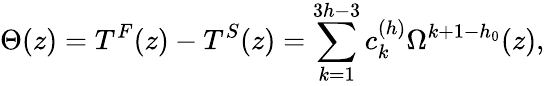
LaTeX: \Theta(z)=T^{F}(z)-T^{S}(z)=\sum_{k=1}^{3h-3}c_{k}^{(h)}\Omega^{k+1-h_{0}}(z),